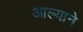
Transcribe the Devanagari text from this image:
आल्‍याने